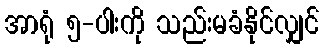
အာရုံ ၅-ပါးကို သည်းမခံနိုင်လျှင်